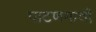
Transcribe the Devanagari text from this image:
पाटणगावी